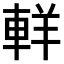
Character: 𨋽